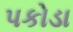
પકોડા